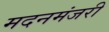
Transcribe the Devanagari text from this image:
मदनमंजरी